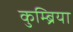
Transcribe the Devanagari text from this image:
कुम्ब्रिया